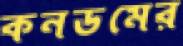
কনডমের